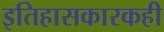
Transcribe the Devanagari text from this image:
इतिहासकारकही